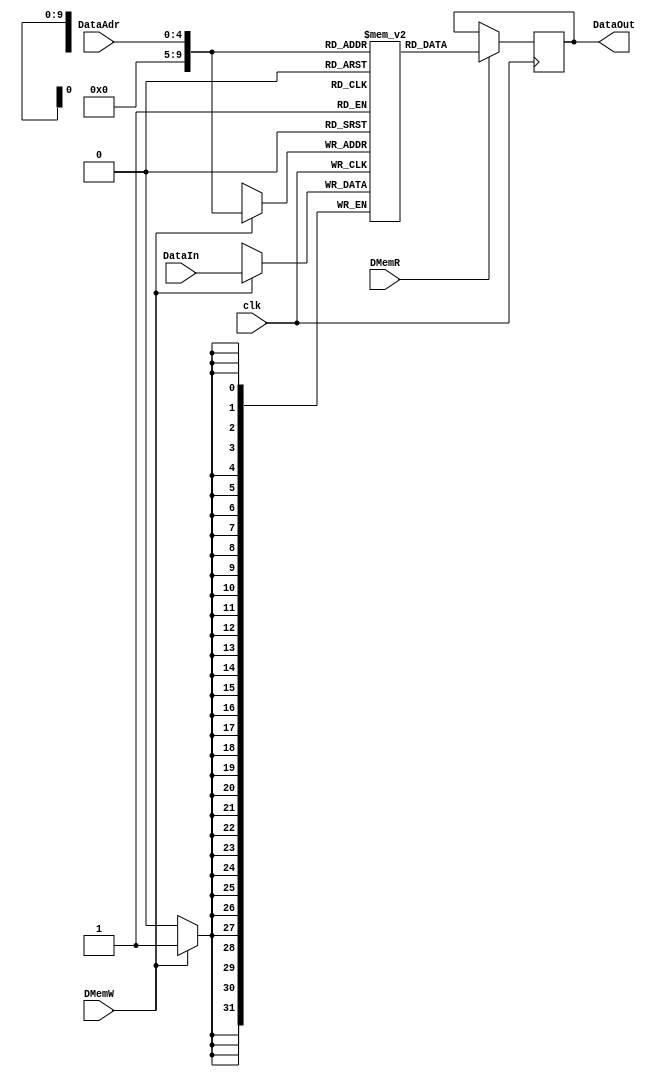

module DMem(DataAdr,DataIn,DataOut,DMemW,DMemR,clk);
	input [4:0] DataAdr;
	input [31:0] DataIn;
	input 		 DMemR;
	input 		 DMemW;
	input 		 clk;
	
	output reg[31:0] DataOut;
	
	reg [31:0]  DMem[1023:0];
	
	always@(posedge clk) //
	begin
		if(DMemW)
			 DMem[DataAdr] <= DataIn;
		$display("addr=%8X",DataAdr);//addr to DM
    	$display("din=%8X",DataIn);//data to DM
    	$display("Mem[00-07]=%8X, %8X, %8X, %8X, %8X, %8X, %8X, %8X",DMem[0],DMem[4],DMem[8],DMem[12],DMem[16],DMem[20],DMem[24],DMem[28]);
	end
	
	always@(negedge clk) //
	begin
	   if(DMemR)
	    DataOut = DMem[DataAdr];
	end
endmodule